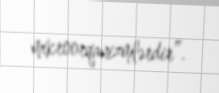
mikroorqanizmlərdir”.